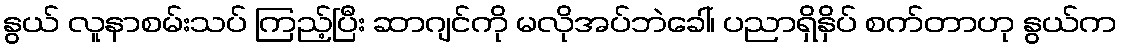
နွယ် လူနာစမ်းသပ် ကြည့်ပြီး ဆာဂျင်ကို မလိုအပ်ဘဲခေါ်၊ ပညာရှိနှိပ် စက်တာဟု နွယ်က